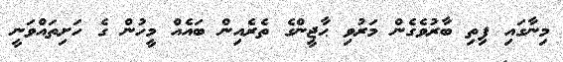
މިނާގައި ފިތި ބާރުވެގެން މަރުވި ޙާޖީންގެ ތެރެއިން ބައެއް މީހުން ގެ ހަށިތައްވަނީ